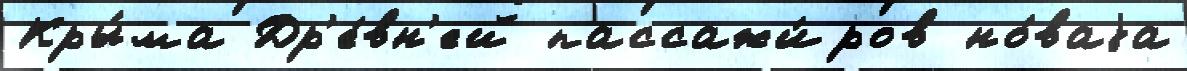
Кры́ма Др'е́вн'ей пассажи́ров но́ваjа